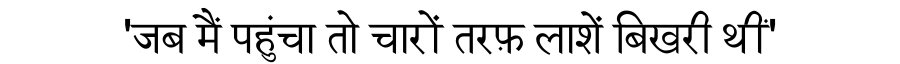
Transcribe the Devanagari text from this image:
'जब मैं पहुंचा तो चारों तरफ़ लाशें बिखरी थीं'